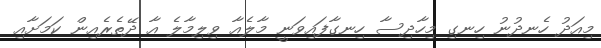
މިއަދު ހެނދުނު ހިނގި މިހާދިސާ ހިނގާފައިވަނީ މާލެއާ ވިލިމާލެ އާ ދޭތެރެއިން ކަމަށާއި